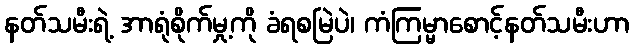
နတ်သမီးရဲ့ အာရုံစိုက်မှု့ကို ခံရစမြဲပဲ၊ ကံကြမ္မာစောင့်နတ်သမီးဟာ